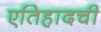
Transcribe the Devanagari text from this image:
एतिहादची